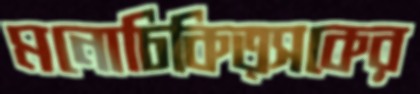
মনোচিকিত্সকের